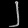
Digit: ၂